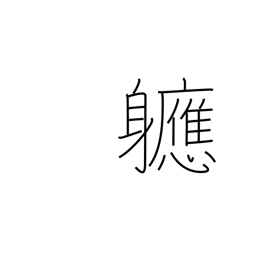
Meaning: soon after